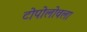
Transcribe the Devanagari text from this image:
टोपोलोवला